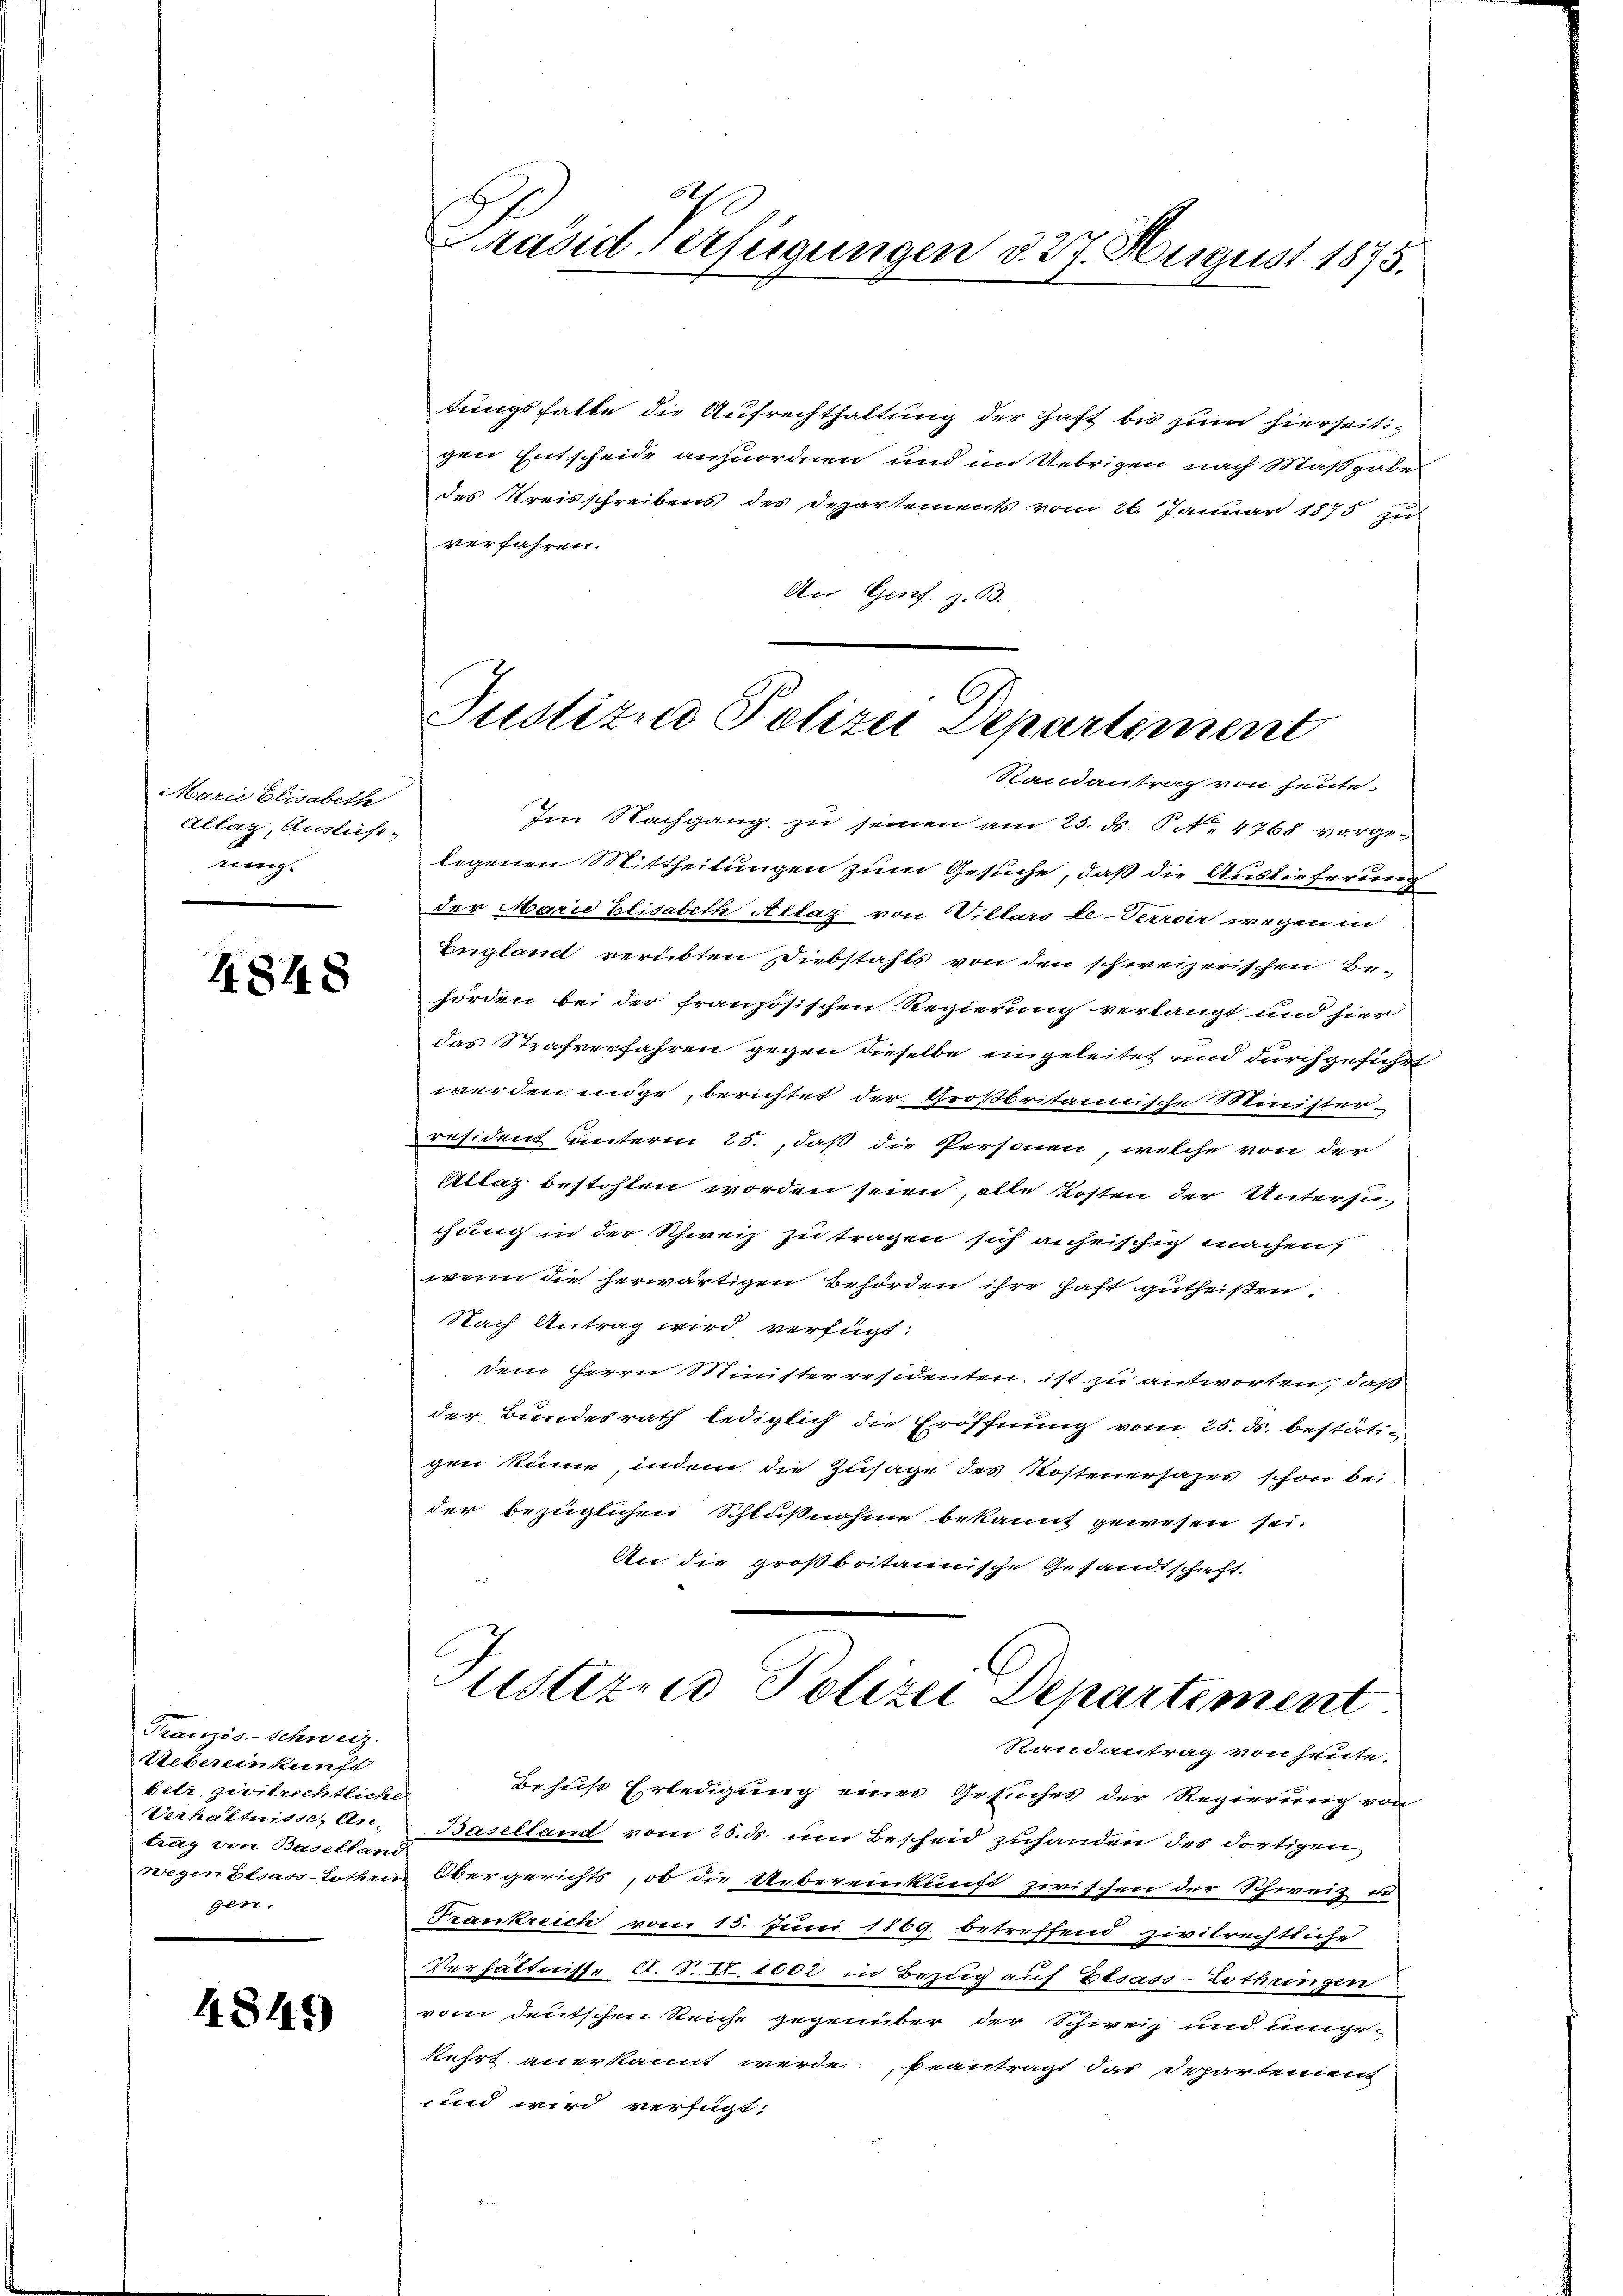
Marie Elisabeth
Allaz, Ausliefe
ung

4848

Französ. Schweiz.
Uebereinkunft
betr. zivilrichtliche
Verhältnisse, An-
trag von Baselland
gen.

4845)

Präsid Verfügungen d. 27. August 1875.

tungsfalle die Aufrechthaltung der Haft bis zum hierseitigen Entscheide anzuordnen und im Uebrigen nach Maßgabe
des Kreisschreibens des Departements vom 26. Januar 1875. zu
verfahren.
An Genf z. B.

Justizen Polizei Departement

Randantrag von heute-
Im Nachgang zu seinen am 25. ds. S. Nr. 4768 vorgelegenen Mittheilungen zum Gesuche, daß die Auslieferung
der Marie Elisabeth Altlaz von Villars le-Terroir wegen in
England verübten Diebstahls von den schweizerischen Behörden bei der französischen Regierung verlangt und hier
das Strafverfahren gegen dieselbe eingeleitet und durchgeführt
werden möge, berichtet der Großbritannische Minister.
resident unterm 25., daß die Personen, welche von der
Allaz bestohlen worden seien, alle Kosten der Untersuchung in der Schweiz zu tragen sich anheischig machen,
wenn die herwärtigen Behörden ihre haft gutheißen:
Nach Antrag wird verfügt:
dem Herrn Ministerresidenten ist zu antworten, daß
der Bundesrath lediglich die Eröffnung vom 25. ds. bestätigen könne, indem die Zusage des Kostenersazes schon bei
der bezüglichen Schlußnahme bekannt gewesen sei.
An die großbritannische Gesandtschaft.

Behuf Erledigung eines Gesuches der Regierung von
Baselland vom 25. ds. um Bescheid zuhanden des dortigen
wegen Elsass-Lothen Obergerichts, ob die Uebereinkunft zwischen der Schweiz u
Frankreich vom 15. Juni 1869 betreffend zivilrechtliche
Verhältnisse d. S. II. 1002 in Bezug auf Elsass-Lothringen
vom deutschen Reiche gegenüber der Schweiz und umge-
kehrt anerkannt werde beantragt das Departement
,und wird verfügt:

Justizen Polizei Departement.
Randantrag von heute.